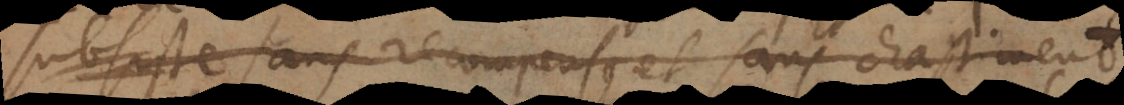
subsiste sans recompense et sans chastiment